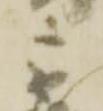
宗